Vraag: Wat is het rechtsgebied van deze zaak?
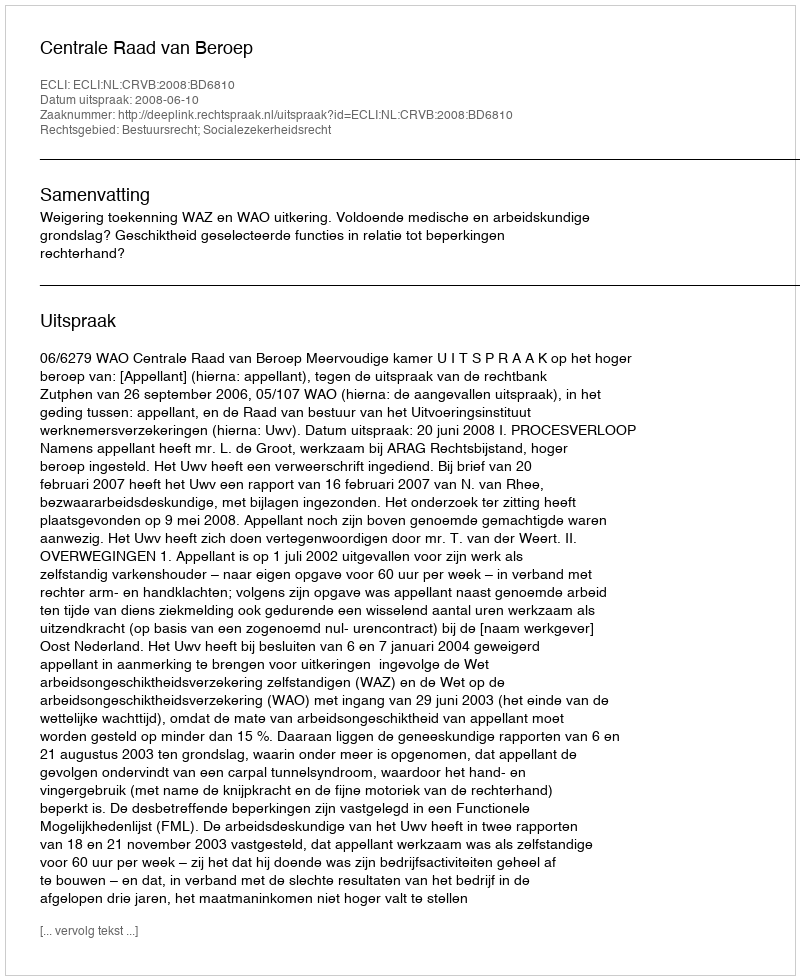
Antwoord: Bestuursrecht; Socialezekerheidsrecht